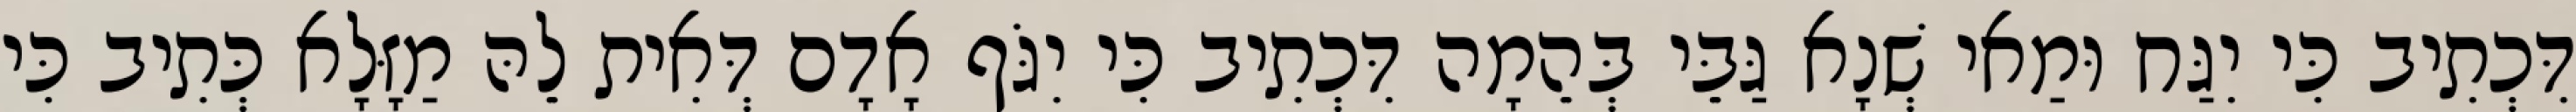
דִּכְתִיב כִּי יִגַּח וּמַאי שְׁנָא גַּבֵּי בְּהֵמָה דִּכְתִיב כִּי יִגֹּף אָדָם דְּאִית לֵהּ מַזָּלָא כְּתִיב כִּי